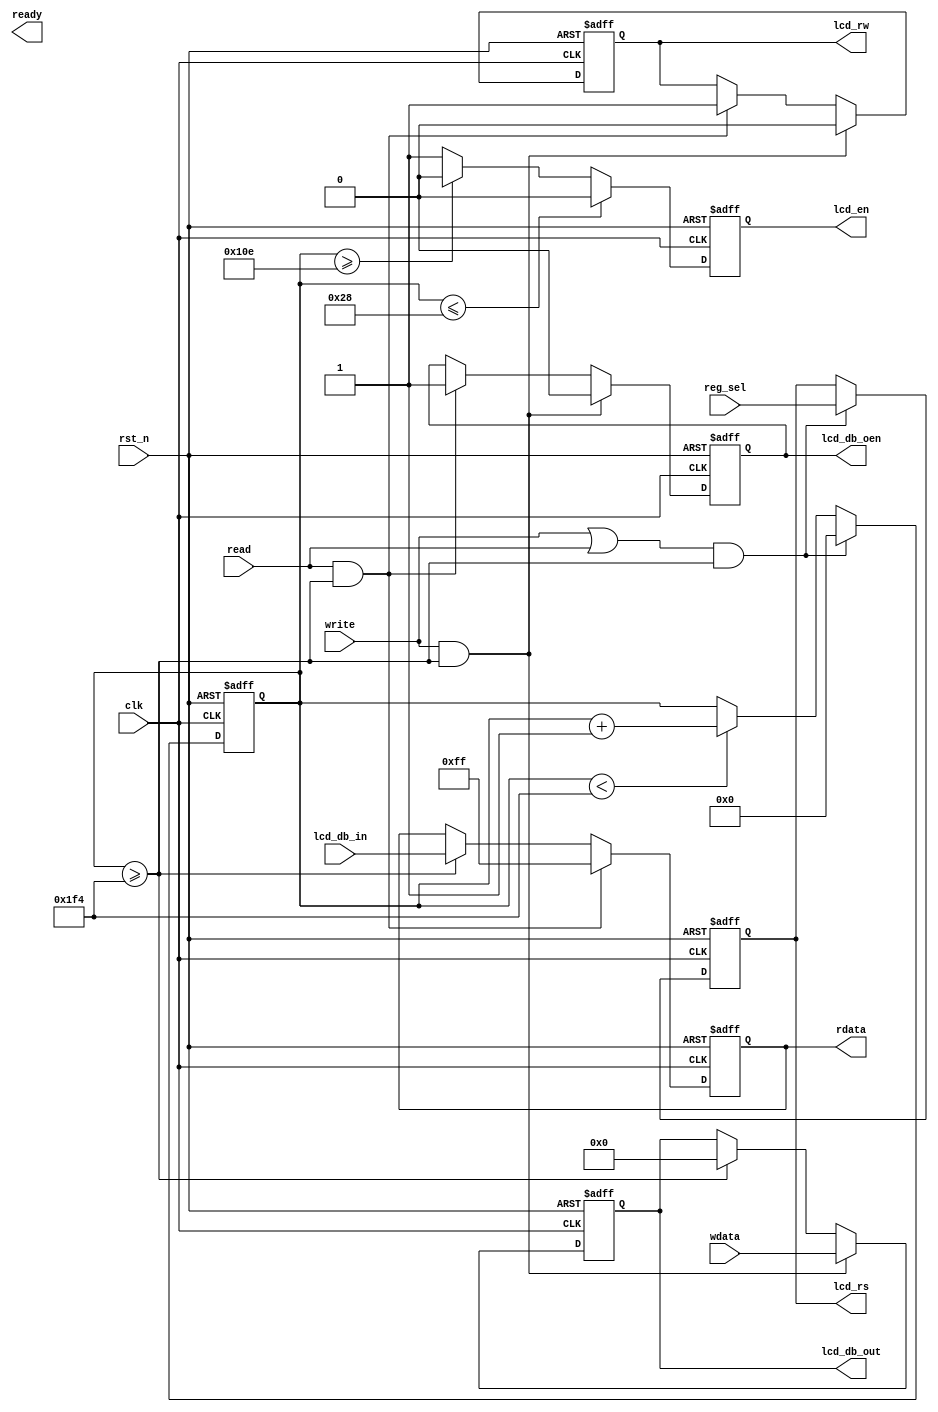
//--====================================================================================--
// THIS FILE IS PROVIDED IN SOURCE FORM FOR FREE EVALUATION, FOR EDUCATIONAL USE OR FOR 
// PEACEFUL RESEARCH.  DO NOT USE IT IN A COMMERCIAL PRODUCT . IF YOU PLAN ON USING THIS 
// CODE IN A COMMERCIAL PRODUCT, PLEASE CONTACT JUSTFORYOU200@163.COM TO PROPERLY LICENSE 
// ITS USE IN YOUR PRODUCT. 
// 
// Project      : Verilog Common Module
// Creator(s)   : justforyou200@163.com
// Description  : A Reg Timing for LCD1602
//
// Modification :
// (1) Initial design  2015-12-01
//
//
//--====================================================================================--

module LCD_REG_INTF
    (  
        clk           ,
        rst_n         ,
        write         ,     
        read          ,
        wdata         ,
        reg_sel       ,
        rdata         ,
        ready         ,
        lcd_rs        ,
        lcd_rw        ,
        lcd_en        ,
        lcd_db_out    ,
        lcd_db_oen    ,
        lcd_db_in     
    );
 
//PARA   DECLARATION
parameter LCD_EN_SETUP_MIN = 16'd40   ; 
parameter LCD_EN_WIDTH_MIN = 16'd230  ; 
parameter LCD_EN_HOLD_MIN  = 16'd230  ; 

parameter LCD_EN_CYCLE_MIN = (LCD_EN_SETUP_MIN + LCD_EN_WIDTH_MIN + LCD_EN_HOLD_MIN)  ; 

//INPUT  DECLARATION
input                           clk          ; //LCD clock 
input                           rst_n        ; //LCD clock reset (0: reset)
input                           write        ; //LCD write enable(1: enable), only one clock pulse
input                           read         ; //LCD read  enable(1: enable), only one clock pulse
input                           reg_sel      ; //LCD DATA SEL: 0-COMMAND | 1-DATA; 
input   [7:0]                   wdata        ; //LCD write data
input   [7:0]                   lcd_db_in    ; //LCD INTF SIGNAL

//OUTPUT DECLARATION
output  [7:0]                   rdata        ; //LCD READ data
output                          ready        ; //LCD ACCESS Ready
output                          lcd_rs       ; //LCD INTF SIGNAL
output                          lcd_rw       ; //LCD INTF SIGNAL
output                          lcd_en       ; //LCD INTF SIGNAL
output  [7:0]                   lcd_db_out   ; //LCD INTF SIGNAL
output                          lcd_db_oen   ; //LCD INTF SIGNAL

//--========================MODULE SOURCE CODE==========================--
reg     [15:0]                  lcd_timing_cnt  ;
wire                            lcd_wr_cmd      ;
wire                            lcd_cmd_idle    ;
reg                             lcd_rs          ;
reg                             lcd_rw          ;
reg                             lcd_db_oen      ;
reg                             lcd_en          ;
reg     [7:0]                   lcd_db_out      ;
reg     [7:0]                   rdata           ;

//--=========================================--
// LCD TIMING COUNT :
// Initial Value LCD_EN_CYCLE_MIN ; It count 
// from 0 to LCD_EN_CYCLE_MIN when one access.
//--=========================================--
assign lcd_wr_cmd   = (write | read); 
assign lcd_cmd_idle = (lcd_timing_cnt >= LCD_EN_CYCLE_MIN) ;

always @(posedge clk or negedge rst_n)
begin
    if(rst_n == 1'b0)
        lcd_timing_cnt <= LCD_EN_CYCLE_MIN ;
    else if (lcd_wr_cmd & lcd_cmd_idle)
        lcd_timing_cnt <= 16'b0 ;
    else if (lcd_timing_cnt < LCD_EN_CYCLE_MIN)    
        lcd_timing_cnt <= lcd_timing_cnt + 16'b1 ;       
end

//--=========================================--
// LCD INTERFACE SIGNAL :
// RS   : 0-COMMAND | 1-DATA; 
// RW   : 0-WRITE   | 1-READ; 
// E    : 0-Disable | 1-ENABLE;
//--=========================================--
always @(posedge clk or negedge rst_n)
begin
    if(rst_n == 1'b0)
        lcd_rs <= 1'b0 ;  
    else if (lcd_wr_cmd & lcd_cmd_idle)
        lcd_rs <= reg_sel ;           
end

always @(posedge clk or negedge rst_n)
begin
    if(rst_n == 1'b0) 
    begin
        lcd_rw     <= 1'b0 ; 
        lcd_db_oen <= 1'b1 ;    
    end        
    else if (write  & lcd_cmd_idle)
    begin
        lcd_rw     <= 1'b0 ; 
        lcd_db_oen <= 1'b0 ;    
    end          
    else if (read  & lcd_cmd_idle)
    begin
        lcd_rw     <= 1'b1 ; 
        lcd_db_oen <= 1'b1 ;    
    end                 
end

always @(posedge clk or negedge rst_n)
begin
    if(rst_n == 1'b0)
        lcd_en <= 1'b0 ;  
    else if (lcd_timing_cnt <= LCD_EN_SETUP_MIN)
        lcd_en <= 1'b0 ;  
    else if (lcd_timing_cnt >= LCD_EN_SETUP_MIN + LCD_EN_WIDTH_MIN)
        lcd_en <= 1'b0 ;          
    else
        lcd_en <= 1'b1 ;            
end

//--=========================================--
// lcd_db_out :
// Update wdata when write enbale and keep it 
// till en cycle end.
//--=========================================--
always @(posedge clk or negedge rst_n)
begin
    if(rst_n == 1'b0)
        lcd_db_out <= 8'b0 ;
    else if (write  & lcd_cmd_idle)
        lcd_db_out <= wdata;   
    else if (lcd_timing_cnt >= LCD_EN_CYCLE_MIN)
        lcd_db_out <= 8'b0 ;               
end

//--=========================================--
// rdata :
// Update rdata when lcd en cycle end.
//--=========================================--
always @(posedge clk or negedge rst_n)
begin
    if(rst_n == 1'b0)
        rdata <= 8'h0 ;
    else if (read  & lcd_cmd_idle) //Specify an Error Code here.
        rdata <= 8'hFF;   
    else if (lcd_timing_cnt >= LCD_EN_CYCLE_MIN)
        rdata <= lcd_db_in ;               
end

endmodule